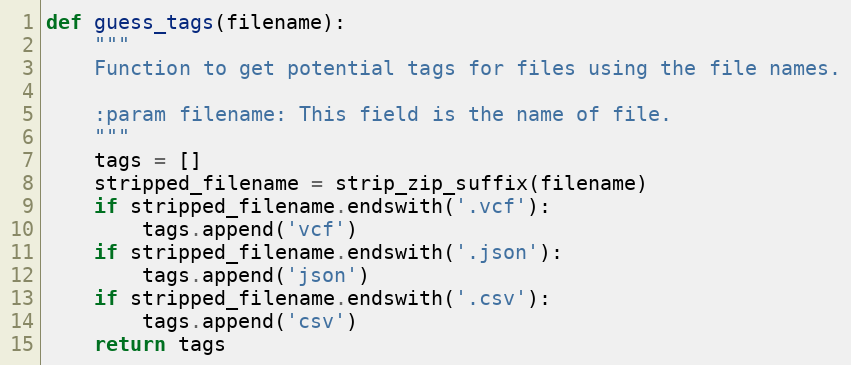
Language: Python
def guess_tags(filename):
    """
    Function to get potential tags for files using the file names.

    :param filename: This field is the name of file.
    """
    tags = []
    stripped_filename = strip_zip_suffix(filename)
    if stripped_filename.endswith('.vcf'):
        tags.append('vcf')
    if stripped_filename.endswith('.json'):
        tags.append('json')
    if stripped_filename.endswith('.csv'):
        tags.append('csv')
    return tags